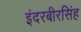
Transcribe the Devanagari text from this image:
इंदरबीरसिंह